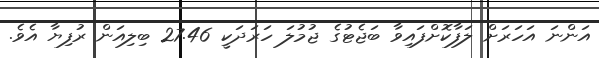
އަންނަ އަހަރަށް ލަފާކޮށްފައިވާ ބަޖެޓުގެ ޖުމުލަ ހަރަދަކީ 27.46 ބިލިއަން ރުފިޔާ އެވެ.